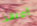
أعتقد